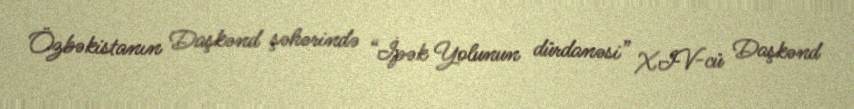
Özbəkistanın Daşkənd şəhərində “İpək Yolunun dürdanəsi” XIV-cü Daşkənd